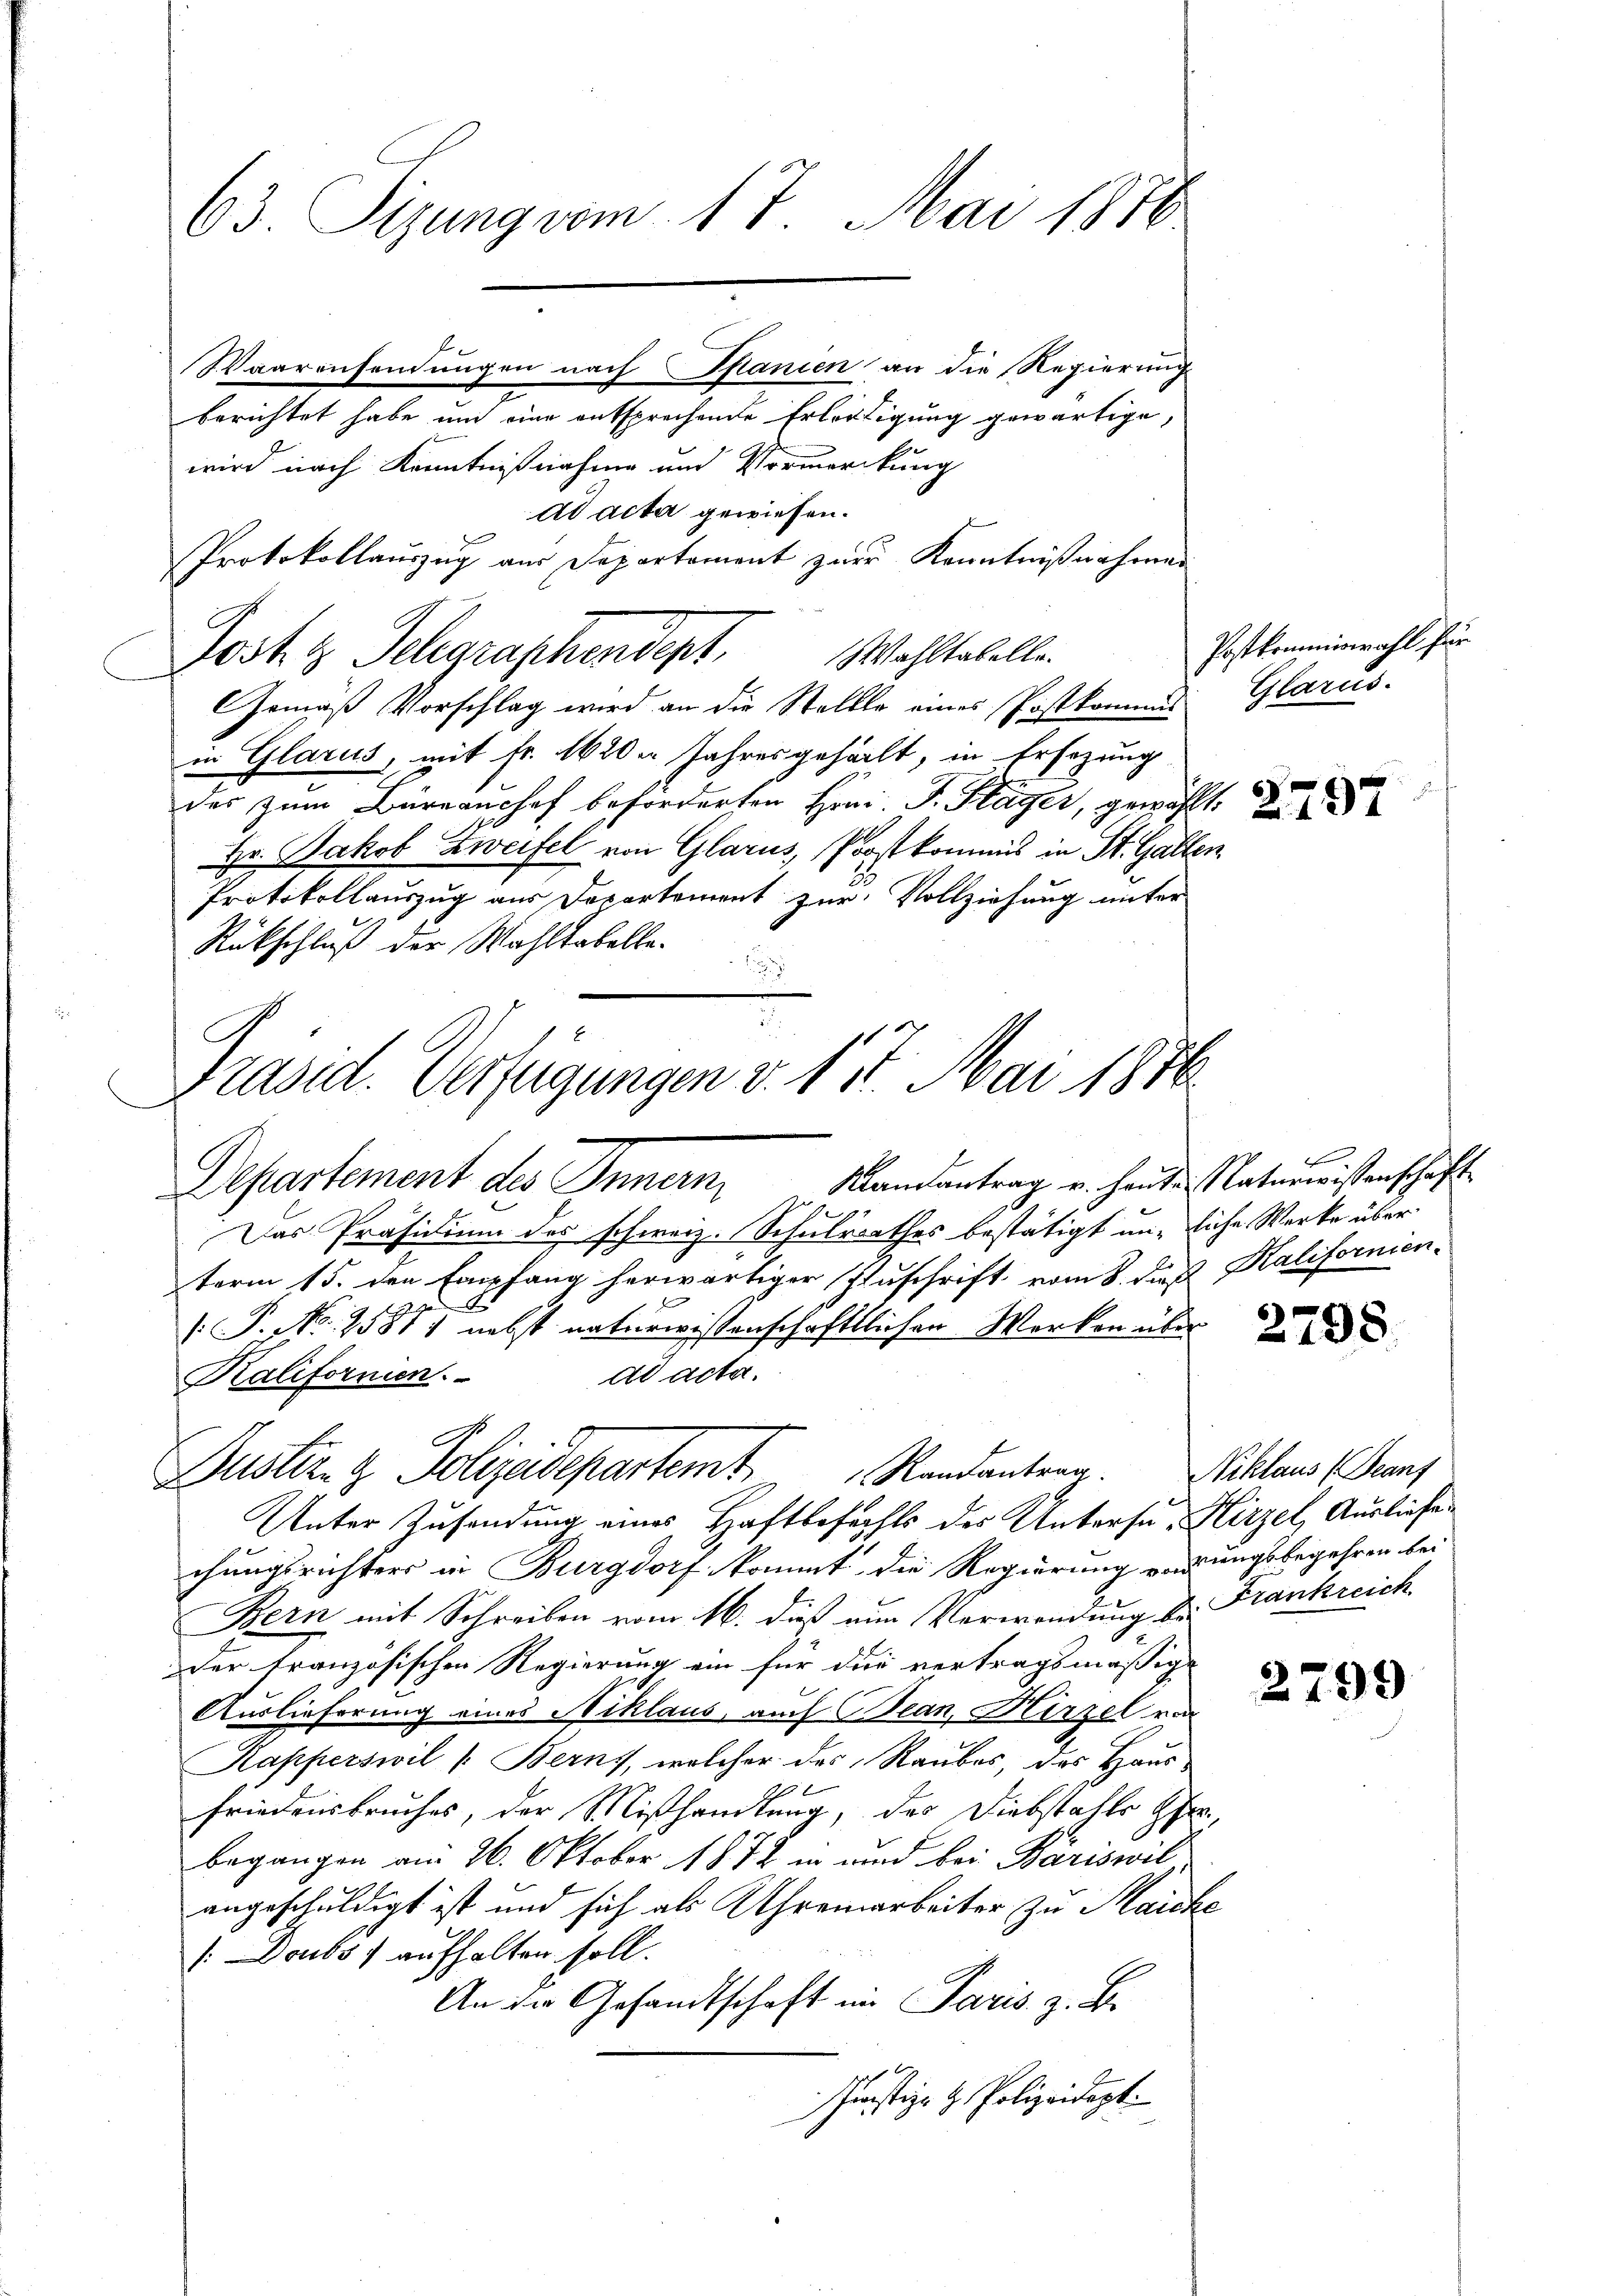
63. Sizung vom 17. Mai 1876

berichtet habe um eine entsprechende Erlertigung gewärtige,
wird nach Kenntnißnahme und Vormerckung
dd acta gewiesen.
Protokollaŭszŭg aŭs Departament zur Kenntnißnahmen
Gemäß Vorschlag wird an die Stellle eines Postkommis
in Glarus, mit Fr. 1620. Jahresgehällt, in Ersezung
des zum Büreaushof beforderten Frau. I. Kläger, gewählt.
Hr. Jakob Zweifel von Glarus, Postkommis in St. Gallen
Protokollauszug aus Departement zur Vollziehung unter
Rückschluß der Wahltabelle.

Präsid. Verfügungen v. 17. Mai 1876
Departement des Innern, Mandantrag u. heute Naturwissenschaft

Waarensendungen nach Spanien an die Regierung

Jost & Gelegraphendept. Wohltabelle

Dustiz- & Polizeidepartemt        Randantern.

Das Präsidium des schweiz. Schulrathes bestätigt unliche Werke über
term 15. den Empfang herwärtiger Zuschrift vom 8. dieß Kalifornien-
E
[P. No. 1587) nebst naturwissenschaftlichen Werken über
Ad acta.
Kalifornien.
Unter Zusendung eines Haftbefechts des Untersu, Hirzel, Ausliefechungsrichters in Burgdorf, kommt die Regierung verrungsbegehren bei
Bern mit Schreiben vom 16. dieß nun Verwendung der Frankreich
Der tranzösischen Regierung ein für die vertragsmäßige
.
Auslieferung eines Niklaus, auch Bean, Hirzel von
Kapperswil (Berns, welcher des Raubes, das Haus
friedensbruches, der Mißhandlung, das Diebstahls Herr
begangen am 26. Oktober 1872 in und bei Bäriswil
angeschuldigt ist und sich als Uhrenarbeiter zu Maicke
[Doubs ) aufhalten soll.
An die Gesandtschaft im Paris. z. B.
Justiz- & Polizeidept.

Postkommiswahl für
Glarus.

2798

Niklaus (Geant

2799